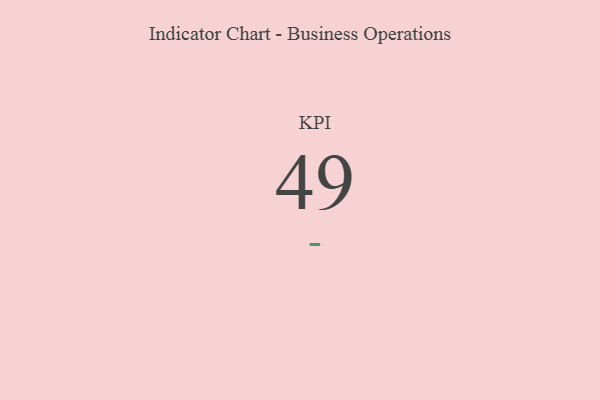
{"axis": {"x": "KPI", "y": "Value"}, "legend": [""], "data": [{"x": "KPI", "y": 49, "type": ""}]}